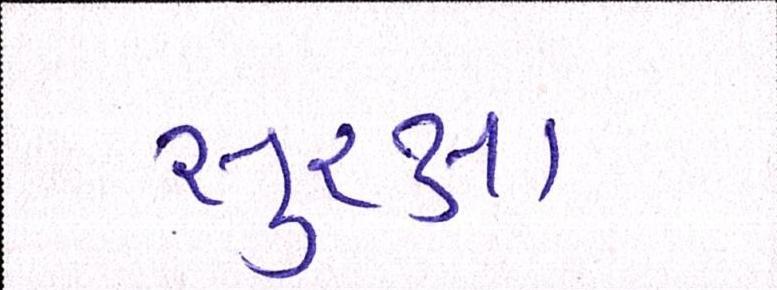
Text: સુરક્ષા